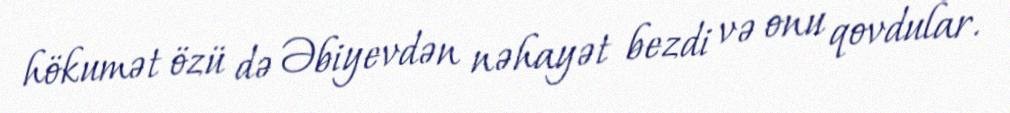
hökumət özü də Əbiyevdən nəhayət bezdi və onu qovdular.